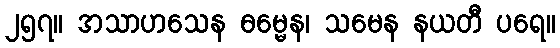
၂၅၇။ အသာဟသေန ဓမ္မေန၊ သမေန နယတီ ပရေ။